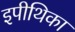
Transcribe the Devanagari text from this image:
इपीथिका